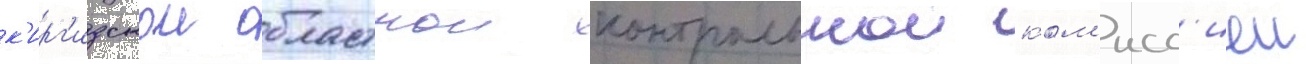
к'ирг'изскои областнои контрольнои ком'исс'иеи